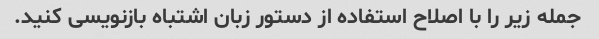
جمله زیر را با اصلاح استفاده از دستور زبان اشتباه بازنویسی کنید.